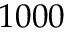
1 0 0 0